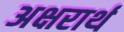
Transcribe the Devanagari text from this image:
अक्षरार्थ